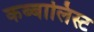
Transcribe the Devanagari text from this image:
कब्बालिस्ट